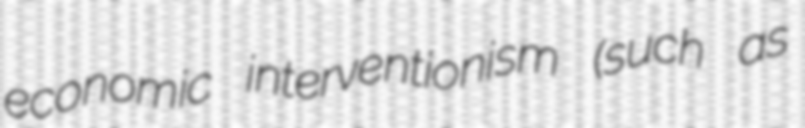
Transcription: economic interventionism (such as